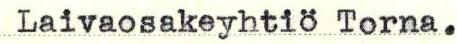
Laivaosakeyhtiö Torna.